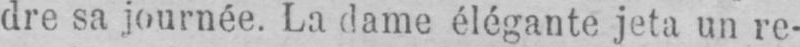
dre sa journée. La dame élégante jeta un re-